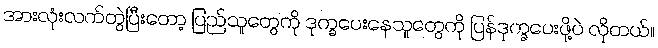
အားလုံးလက်တွဲပြီးတော့ ပြည်သူတွေကို ဒုက္ခပေးနေသူတွေကို ပြန်ဒုက္ခပေးဖို့ပဲ လိုတယ်။